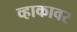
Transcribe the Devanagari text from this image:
व्हाकावर